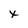
Character: x